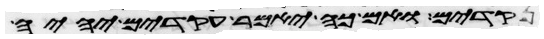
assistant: נקודים ואם כה יאמר עקודים יהיה